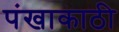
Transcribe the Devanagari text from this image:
पंखाकाठी